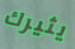
يثيرك